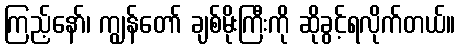
ကြည့်နော်၊ ကျွန်တော် ချစ်မိုးကြီးကို ဆိုခွင့်ရလိုက်တယ်။